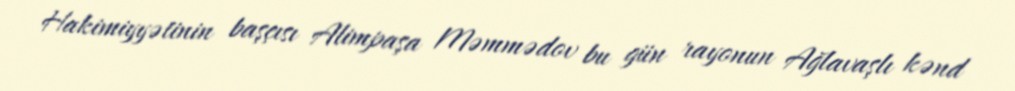
Hakimiyyətinin başçısı Alimpaşa Məmmədov bu gün rayonun Ağlavaşlı kənd